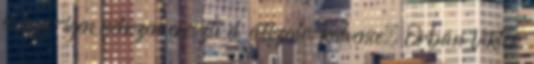
is igen-igen nehezen ereszti el évtizedes kedvence, Orbán Viktor